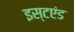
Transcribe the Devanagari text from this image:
इस्टएंड